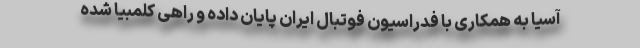
آسیا به همکاری با فدراسیون فوتبال ایران پایان داده و راهی کلمبیا شده